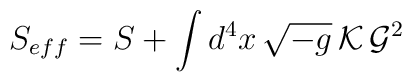
S_{eff}=S+\int d^4x\,\sqrt{-g}\,{\cal K}\,{\cal G}^2